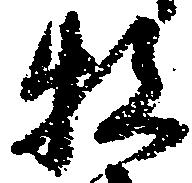
牧